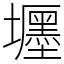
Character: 壥